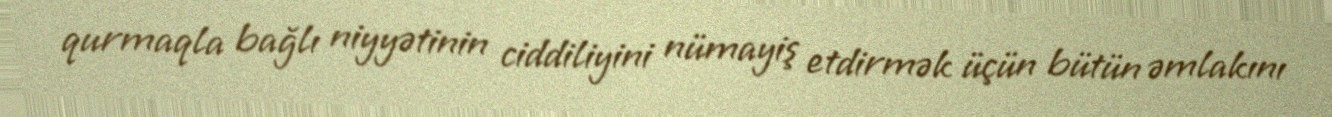
qurmaqla bağlı niyyətinin ciddiliyini nümayiş etdirmək üçün bütün əmlakını